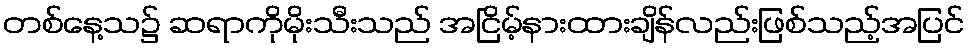
တစ်နေ့သ၌ ဆရာကိုမိုးသီးသည် အငြိမ့်နားထားချိန်လည်းဖြစ်သည့်အပြင်